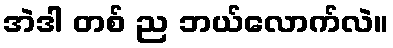
အဲဒါ တစ် ည ဘယ်လောက်လဲ။